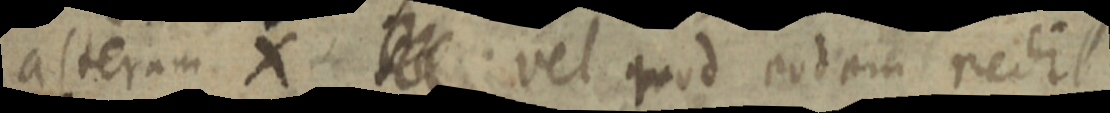
alteram X _ vel quod eodem redit